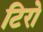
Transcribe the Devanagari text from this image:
टिरो